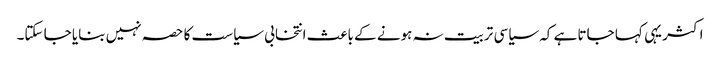
اکثر یہی کہا جاتا ہے کہ سیاسی تربیت نہ ہونے کے باعث انتخابی سیاست کا حصہ نہیں بنایا جا سکتا۔